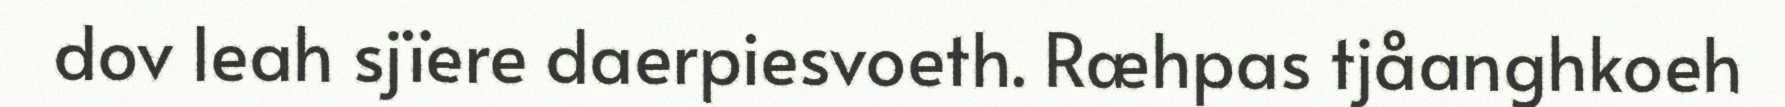
dov leah sjïere daerpiesvoeth. Ræhpas tjåanghkoeh